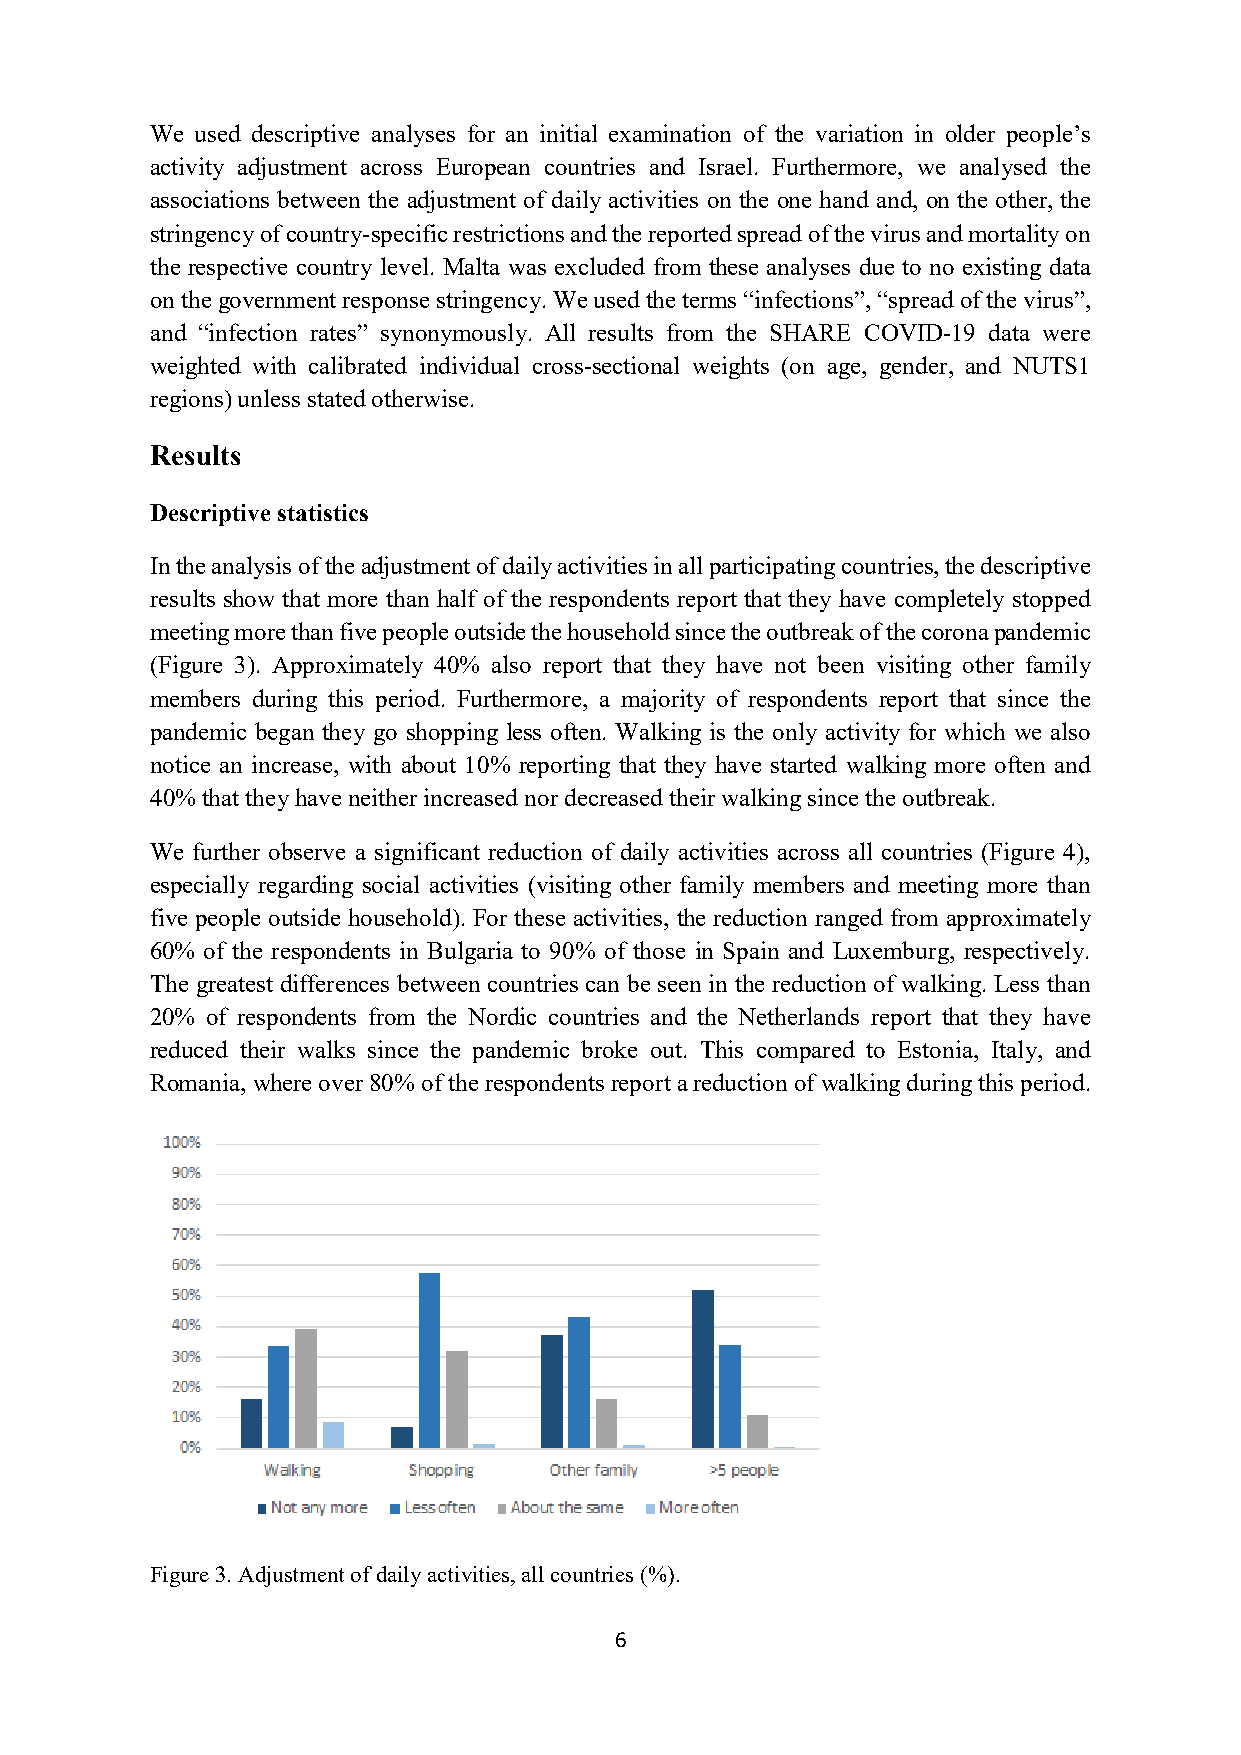
We used descriptive analyses for an initial examination of the variation in older people’s
 activity adjustment across European countries and Israel. Furthermore, we analysed the
 associations between the adjustment of daily activities on the one hand and, on the other, the
 stringency of country-specific restrictions and the reported spread of the virus and mortality on
 the respective country level. Malta was excluded from these analyses due to no existing data
 on the government response stringency. We used the terms “infections”, “spread of the virus”,
 and “infection rates” synonymously. All results from the SHARE COVID-19 data were
 weighted with calibrated individual cross-sectional weights (on age, gender, and NUTS1
 regions) unless stated otherwise.
 Results
 Descriptive statistics
 In the analysis of the adjustment of daily activities in all participating countries, the descriptive
 results show that more than half of the respondents report that they have completely stopped
 meeting more than five people outside the household since the outbreak of the corona pandemic
 (Figure 3). Approximately 40% also report that they have not been visiting other family
 members during this period. Furthermore, a majority of respondents report that since the
 pandemic began they go shopping less often. Walking is the only activity for which we also
 notice an increase, with about 10% reporting that they have started walking more often and
 40% that they have neither increased nor decreased their walking since the outbreak.
 We further observe a significant reduction of daily activities across all countries (Figure 4),
 especially regarding social activities (visiting other family members and meeting more than
 five people outside household). For these activities, the reduction ranged from approximately
 60% of the respondents in Bulgaria to 90% of those in Spain and Luxemburg, respectively.
 The greatest differences between countries can be seen in the reduction of walking. Less than
 20% of respondents from the Nordic countries and the Netherlands report that they have
 reduced their walks since the pandemic broke out. This compared to Estonia, Italy, and
 Romania, where over 80% of the respondents report a reduction of walking during this period.
 Figure 3. Adjustment of daily activities, all countries (%).
 6